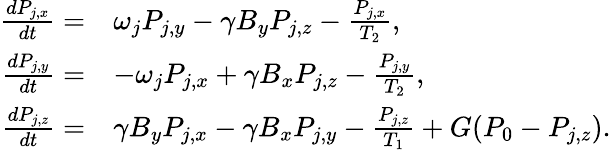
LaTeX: \begin{array}{rl}{\frac{dP_{j,x}}{dt}=}&{\omega_{j}P_{j,y}-\gamma B_{y}P_{j,z}-\frac{P_{j,x}}{T_{2}},}\\ {\frac{dP_{j,y}}{dt}=}&{-\omega_{j}P_{j,x}+\gamma B_{x}P_{j,z}-\frac{P_{j,y}}{T_{2}},}\\ {\frac{dP_{j,z}}{dt}=}&{\gamma B_{y}P_{j,x}-\gamma B_{x}P_{j,y}-\frac{P_{j,z}}{T_{1}}+G(P_{0}-P_{j,z}).}\end{array}